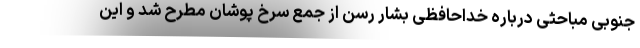
جنوبی مباحثی درباره خداحافظی بشار رسن از جمع سرخ پوشان مطرح شد و این